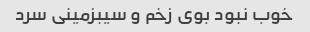
خوب نبود بوی زخم و سیبزمینی سرد